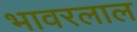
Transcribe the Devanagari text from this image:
भावरलाल